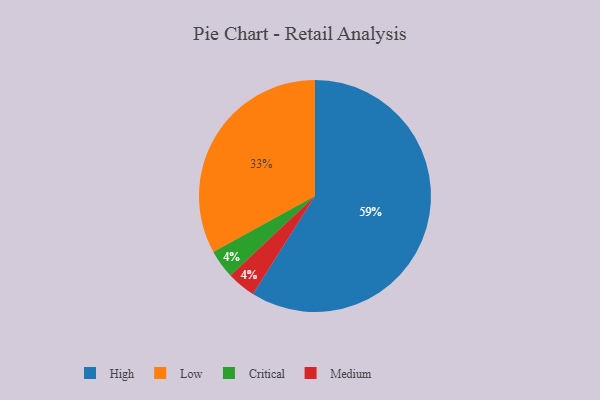
{"axis": {"x": "Category", "y": "Percentage"}, "legend": ["Critical", "High", "Low", "Medium"], "data": [{"x": "Low", "y": 33, "type": "Low"}, {"x": "Critical", "y": 4, "type": "Critical"}, {"x": "Medium", "y": 4, "type": "Medium"}, {"x": "High", "y": 59, "type": "High"}]}